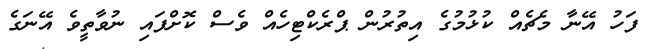
ފަހު އޭނާ މެޗެއް ކުޅުމުގެ އިތުރުން ޕްރެކްޓިހެއް ވެސް ކޮށްފައި ނުވާތީވެ އޭނަގެ